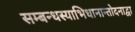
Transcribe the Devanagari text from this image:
सम्बन्धस्याभिधानान्तोदनाद्वा